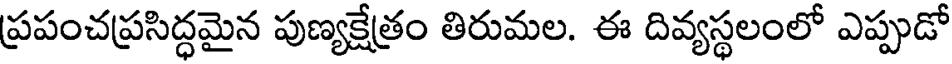
ప్రపంచప్రసిద్ధమైన పుణ్యక్షేత్రం తిరుమల. ఈ దివ్యస్థలంలో ఎప్పుడో